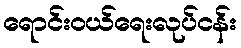
ရောင်းဝယ်ရေးလုပ်ငန်း